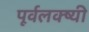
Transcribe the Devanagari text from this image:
पूर्वलक्ष्यी